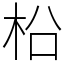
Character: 柗